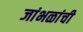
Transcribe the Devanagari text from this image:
जांभळांची